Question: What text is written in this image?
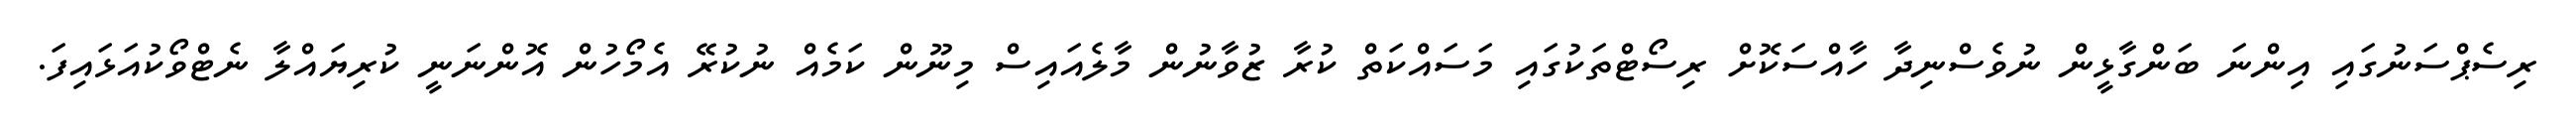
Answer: ރިސެޕްސަނުގައި އިންނަ ބަންގާޅީން ނުވެސްނިދާ ހާއްސަކޮށް ރިސޯޓްތަކުގައި މަސައްކަތް ކުރާ ޒުވާނުން މާލެއައިސް މިނޫން ކަމެއް ނުކުރޭ އެމޯހުން އޮންނަނީ ކުރިޔައްލާ ނެޓްވޯކުއަޅައިފަ.